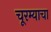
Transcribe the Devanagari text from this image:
चूरम्याचा